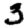
Digit: 3